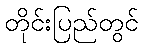
တိုင်းပြည်တွင်